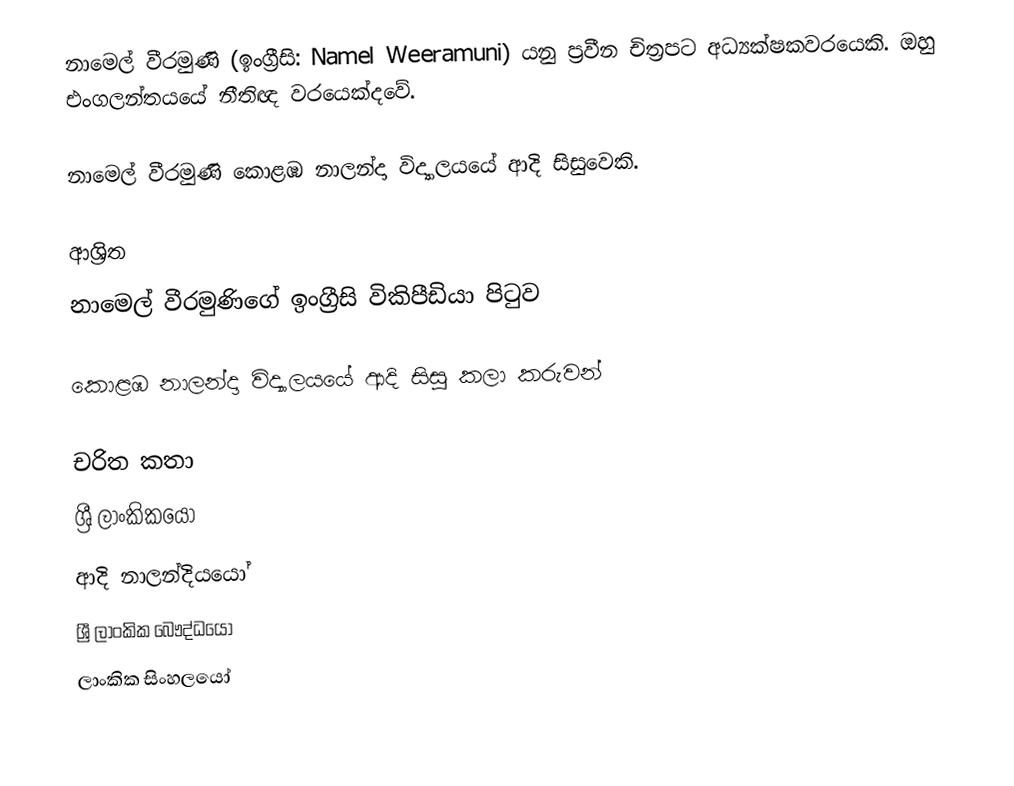
නාමෙල් වීරමුණි (ඉංග්‍රීසි: Namel Weeramuni) යනු  ප්‍රවීන චිත්‍රපට අධ්‍යක්ෂකවරයෙකි. ඔහු එංගලන්තයයේ නීතිඥ වරයෙක්දවේ.

නාමෙල් වීරමුණි  කොළඹ නාලන්දා විද්‍යාලයයේ ආදි සිසුවෙකි.

ආශ්‍රිත
  නාමෙල් වීරමුණිගේ ඉංග්‍රීසි විකිපීඩියා පිටුව

 කොළඹ නාලන්දා විද්‍යාලයයේ ආදි සිසු කලා කරුවන්

චරිත කතා
ශ්‍රී ලාංකිකයෝ
ආදි නාලන්දියයෝ
ශ්‍රී ලාංකික බෞද්ධයෝ
ලාංකික සිංහලයෝ